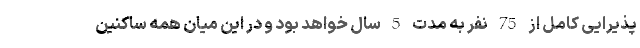
پذیرایی کامل از 75 نفر به مدت 5 سال خواهد بود و در این میان همه ساکنین